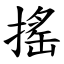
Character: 搖